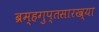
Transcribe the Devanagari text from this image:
ब्रम्हगुप्तसारख्या